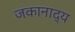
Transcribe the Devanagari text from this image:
जकानाद्य